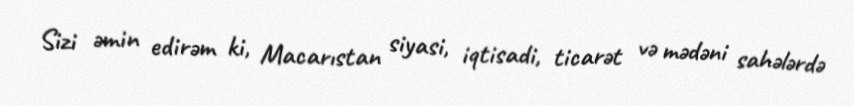
Sizi əmin edirəm ki, Macarıstan siyasi, iqtisadi, ticarət və mədəni sahələrdə